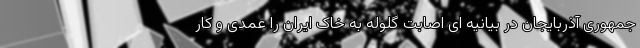
جمهوری آذربایجان در بیانیه ای اصابت گلوله به خاک ایران را عمدی و کار